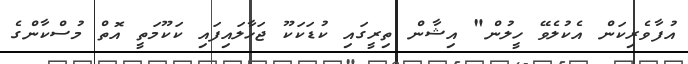
އުފާވެރިކަން އެކުލެވޭ ހީލުން" އިޝާން ތިރީގައި ކުޑަކަކޫ ޖަހާލައިފައި ކަކޫމަތީ އޮތް މުސްކާންގެ